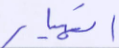
انهيار